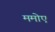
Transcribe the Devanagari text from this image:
ममोए